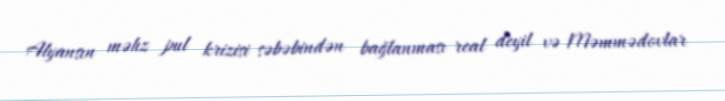
Alyansın məhz pul krizisi səbəbindən bağlanması real deyil və Məmmədovlar